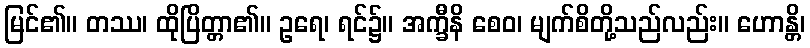
မြင်၏။ တဿ၊ ထိုပြိတ္တာ၏။ ဥရေ၊ ရင်၌။ အက္ခီနိ စေဝ၊ မျက်စိတို့သည်လည်း။ ဟောန္တိ၊